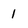
Character: 1